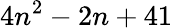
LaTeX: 4n^{2}-2n+41